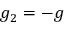
g _ { 2 } = - g